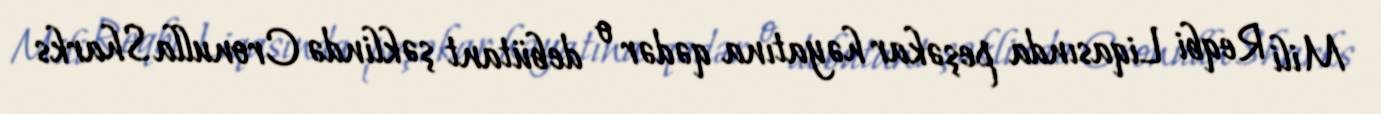
Mili Reqbi Liqasında peşəkar həyatına qədər o debütant şəklində Cronulla Sharks